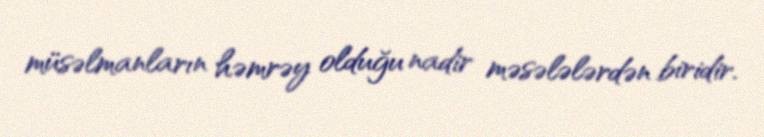
müsəlmanların həmrəy olduğu nadir məsələlərdən biridir.